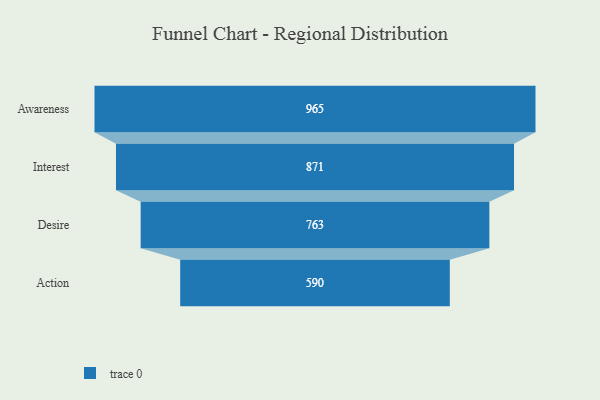
{"axis": {"x": "Stage", "y": "Value"}, "legend": [""], "data": [{"x": "Awareness", "y": 965.0, "type": ""}, {"x": "Interest", "y": 871.0, "type": ""}, {"x": "Desire", "y": 763.0, "type": ""}, {"x": "Action", "y": 590.0, "type": ""}]}